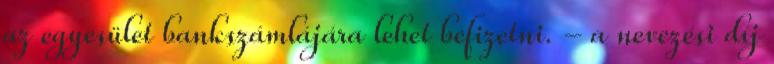
az egyesület bankszámlájára lehet befizetni. - a nevezési díj